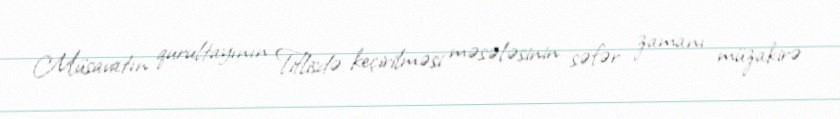
Müsavatın qurultayının Tiflisdə keçirilməsi məsələsinin səfər zamanı müzakirə